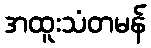
အထူးသံတမန်